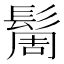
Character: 䯾